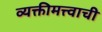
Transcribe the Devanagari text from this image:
व्यक्तीमत्त्वाची